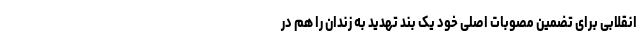
انقلابی برای تضمین مصوبات اصلی خود یک بند تهدید به زندان را هم در